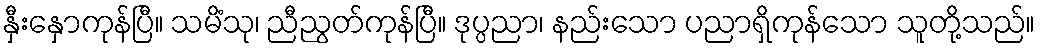
နှီးနှောကုန်ပြီ။ သမိံသု၊ ညီညွတ်ကုန်ပြီ။ ဒုပ္ပညာ၊ နည်းသော ပညာရှိကုန်သော သူတို့သည်။